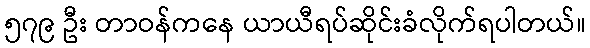
၅၇၉ ဦး တာဝန်ကနေ ယာယီရပ်ဆိုင်းခံလိုက်ရပါတယ်။